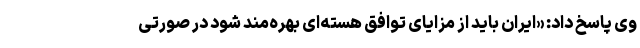
وی پاسخ داد: «ایران باید از مزایای توافق هسته‌ای بهره‌مند شود در صورتی